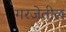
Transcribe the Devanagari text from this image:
गरजेतील